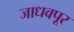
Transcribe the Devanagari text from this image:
जाधवपूर